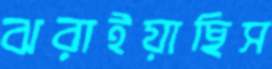
ঝরাইয়াছিস